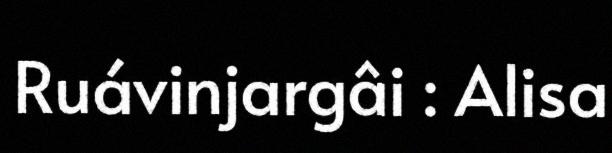
Ruávinjargâi : Alisa